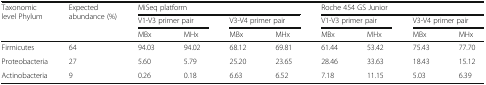
<table><thead><tr><td rowspan="2"><b>Taxonomic level Phylum</b></td><td rowspan="2"><b>Expected abundance (%)</b></td><td colspan="4"><b>MiSeq platform</b></td><td colspan="4"><b>Roche 454 GS Junior</b></td></tr><tr><td colspan="2"><b>V1-V3 primer pair</b></td><td colspan="2"><b>V3-V4 primer pair</b></td><td colspan="2"><b>V1-V3 primer pair</b></td><td colspan="2"><b>V3-V4 primer pair</b></td></tr><tr><td></td><td></td><td><b>MBx</b></td><td><b>MHx</b></td><td><b>MBx</b></td><td><b>MHx</b></td><td><b>MBx</b></td><td><b>MHx</b></td><td><b>MBx</b></td><td><b>MHx</b></td></tr></thead><tbody><tr><td>Firmicutes</td><td>64</td><td>94.03</td><td>94.02</td><td>68.12</td><td>69.81</td><td>61.44</td><td>53.42</td><td>75.43</td><td>77.70</td></tr><tr><td>Proteobacteria</td><td>27</td><td>5.60</td><td>5.79</td><td>25.20</td><td>23.65</td><td>28.46</td><td>33.63</td><td>18.43</td><td>15.12</td></tr><tr><td>Actinobacteria</td><td>9</td><td>0.26</td><td>0.18</td><td>6.63</td><td>6.52</td><td>7.18</td><td>11.15</td><td>5.03</td><td>6.39</td></tr></tbody></table>